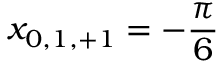
x _ { 0 , 1 , + 1 } = - \frac { \pi } { 6 }